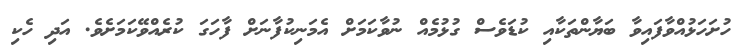
ހުށަހަޅުއްވާފައިވާ ބަޔާންތަކާއި ކުޑަވެސް ގުޅުމެއް ނުވާކަމަށް އެމަނިކުފާނަށް ފާހަގަ ކުރެއްވޭކަމަށެވެ. އަދި ހެކި